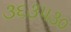
૩૬૩૫૩૦